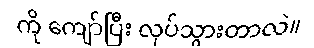
ကို ကျော်ပြီး လုပ်သွားတာလဲ။